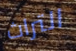
التراث